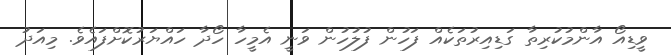
ވީޑިއޯ އާންމުކުރިތާ ގަޑިއިރުތަކެއް ފަހުން ފުލުހުން ވަނީ އެމީހާ ހޯދާ ހައްޔަރުކޮށްފައެވެ. މިއަދު